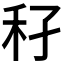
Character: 𥝔